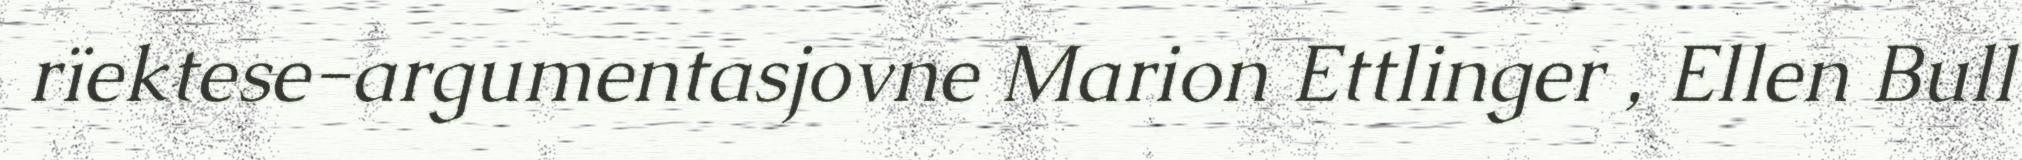
rïektese-argumentasjovne Marion Ettlinger , Ellen Bull